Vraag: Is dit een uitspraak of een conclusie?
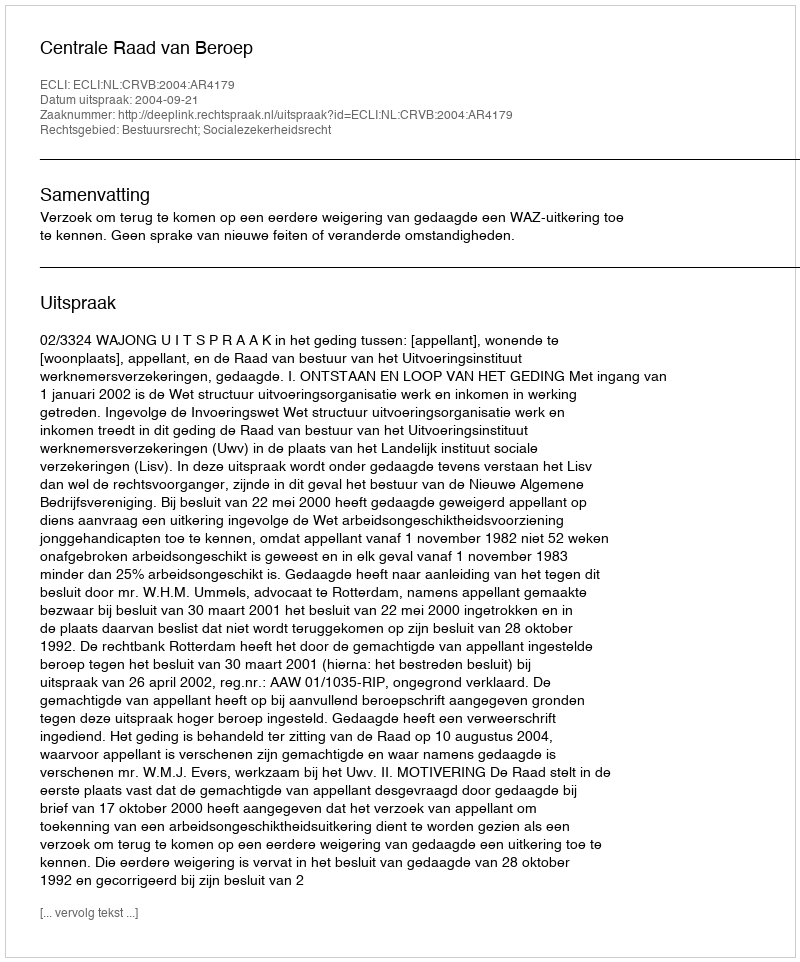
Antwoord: Uitspraak